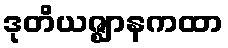
ဒုတိယဇ္ဈာနကထာ